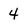
Character: 4